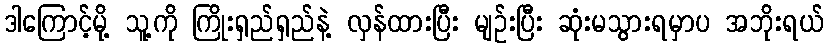
ဒါကြောင့်မို့ သူ့ကို ကြိုးရှည်ရှည်နဲ့ လှန်ထားပြီး မျဉ်းပြီး ဆုံးမသွားရမှာပ အဘိုးရယ်